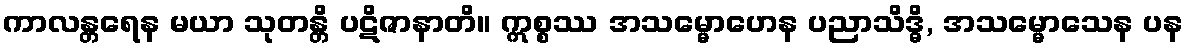
ကာလန္တရေန မယာ သုတန္တိ ပဋိဇာနာတိ။ ဣစ္စဿ အသမ္မောဟေန ပညာသိဒ္ဓိ, အသမ္မောသေန ပန